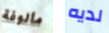
مألوفة لديه